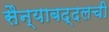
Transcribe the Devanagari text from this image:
सैन्याबद्दलची